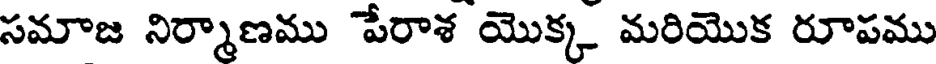
సమాజ నిర్మాణము పేరాశ యొక్క మరియొక రూపము